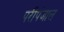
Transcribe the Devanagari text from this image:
परीपंजाल